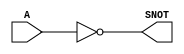
//*******************************************************************************************
//***************Banco de componentes para el multiplexor con memoria.***********************

module NOT (output SNOT, input A);

	not #(0.12 , 0.08) Nombre_NOT ( SNOT,A); // 12 y 8 ns #(12 ,8 )
	
endmodule


//////////////////////////////////////////////////////

module AND ( output SAND, input A, input B);
	
	and #(0.12, 0.12 ) Nombre_AND (SAND,A,B) ;  //Agregar retardos  17.5 y 12    #(17.5 ns,12 ns) 
	
endmodule

//////////////////////////////////////////////////////

module OR ( output SOR, input A, input B);
	
	or #(0.12 ,0.8 )  Nombre_OR (SOR,A,B);  //Agregar retardos  12 y 8 ns#(12 ns,8 ns)
	
endmodule

//////////////////////////////////////////////////////

module FLOP_D ( output reg [1:0]data_out_est, input [1:0]A, input clok);

	always @ (posedge clok) begin           //<<   >>
		
		data_out_est <= A;          // 14 y 20 ns. #(14 ns) 
	end
endmodule


//////////////////////////////////////////////////////////////////////////////////////////////////////

module Mux_2x1 ( output SMUX1, input A, input B, input selector);
	
	wire C1,C2,C3,C4;
	
	NOT x( .SNOT(C1), .A(selector));
	AND y( .SAND(C2), .A(selector), .B(A));
	AND z( .SAND(C3), .A(C1), .B(B));
	OR w( .SOR(C4), .A(C2), .B(C3));
	assign SMUX1 = C4;
	
endmodule

/////////////////////////////////////////////////////////////////////////////////////////////////////

module Mux_2x1_2bits ( output [1:0] SMUX1_2bits, input [1:0] A, input [1:0] B, input selector);
	
	wire C2,C3;

	Mux_2x1 isntancia( .SMUX1(C2), .A(A[0]), .B(B[0]), .selector(selector));
	
	Mux_2x1 isntancia2( .SMUX1(C3), .A(A[1]), .B(B[1]), .selector(selector));
	
	assign SMUX1_2bits[0] = C2;
	assign SMUX1_2bits[1] = C3;
endmodule